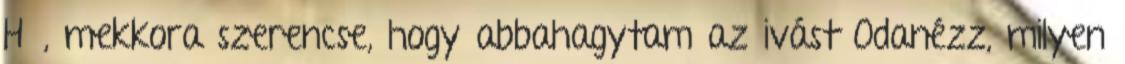
Hű, mekkora szerencse, hogy abbahagytam az ivást Odanézz, milyen